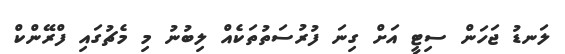
ލަނޑު ޖަހަން ސިޓީ އަށް ގިނަ ފުރުސަތުތަކެއް ލިބުނު މި މެޗުގައި ފްރޭންކް